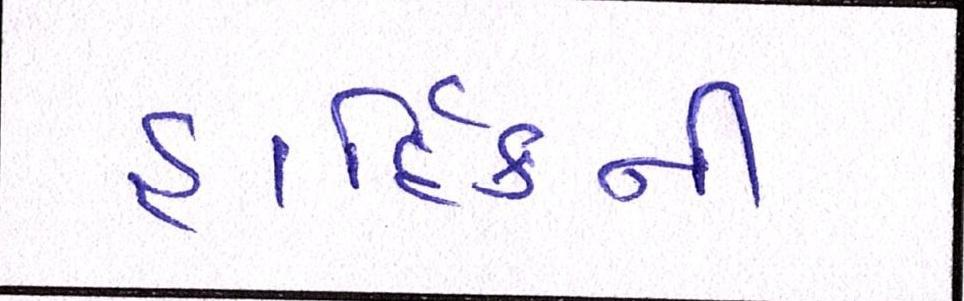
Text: હાદિર્કની